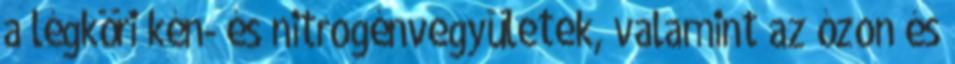
a légköri kén- és nitrogénvegyületek, valamint az ózon és